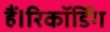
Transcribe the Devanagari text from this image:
हैं।रिकॉर्डिंग